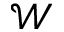
\mathcal W